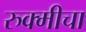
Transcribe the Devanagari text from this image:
रुक्मीचा